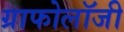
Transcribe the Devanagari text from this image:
ग्राफोलॉजी